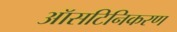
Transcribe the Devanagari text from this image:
ऑसटिनिकरण